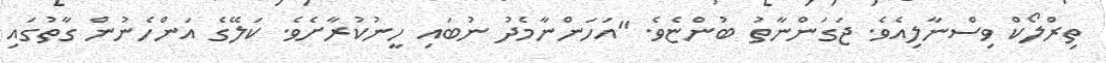
ތިރްލޯކް ވިސްނާލިއެވެ. ޖަގަންނާތު ބުންޏެވެ. "އަހަންނާމެދު ނުބައި ހީނުކުރާށެވެ. ކަލޭގެ އަންހެނުން ގާތުގައި